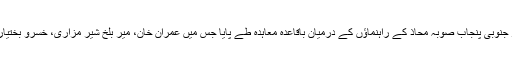
ملاقات کے دوران تحریک انصاف اور جنوبی پنجاب صوبہ محاذ کے راہنماؤں کے درمیان باقاعدہ معاہدہ طے پایا جس میں عمران خان، میر بلخ شیر مزاری، خسرو بختیار اور طاہر بشیر چیمہ کے دستخط ہیں۔